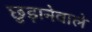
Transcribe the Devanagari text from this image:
छुड़ानेवाले